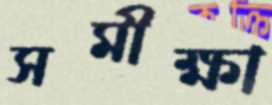
সমীক্ষা